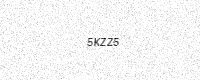
Text: 5KZZ5